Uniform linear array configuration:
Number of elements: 8
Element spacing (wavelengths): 0.5
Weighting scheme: hamming
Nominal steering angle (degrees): -15
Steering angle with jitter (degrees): -13.39
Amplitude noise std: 0.05
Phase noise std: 0.05

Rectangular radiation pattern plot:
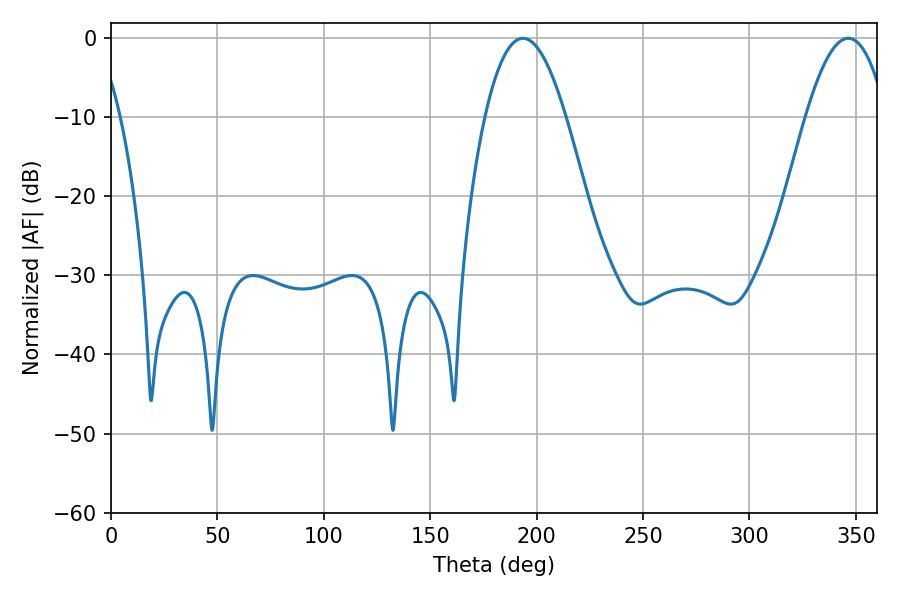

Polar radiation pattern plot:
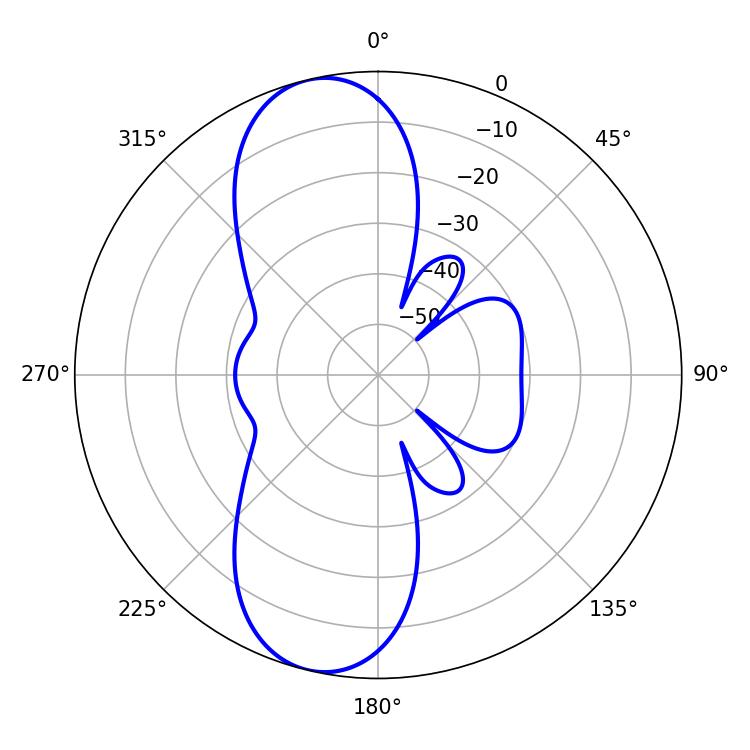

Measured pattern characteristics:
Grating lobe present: FALSE
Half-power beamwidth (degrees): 20.88
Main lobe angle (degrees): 193.5